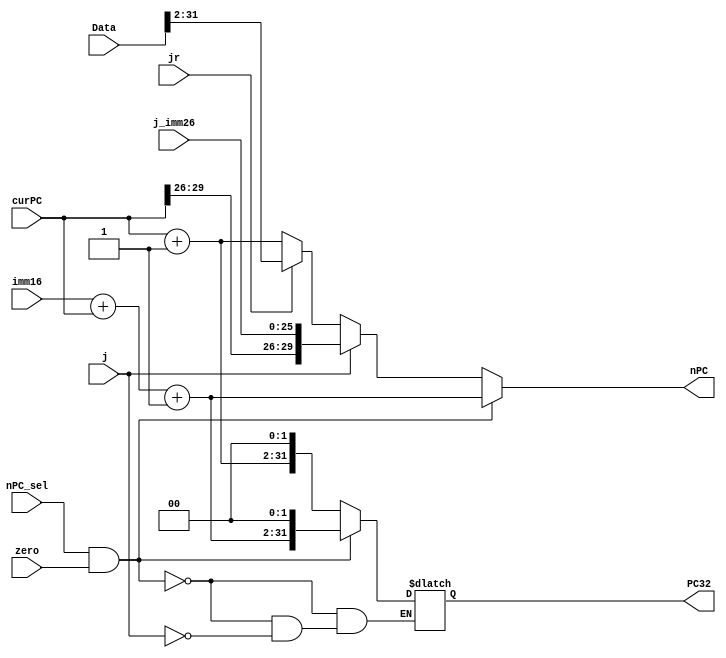
module NPC(
    input [29:0] curPC,
    input nPC_sel,
    input zero,
    input j,
    input jr,
    input [25:0] j_imm26, 
    input [15:0] imm16,
    input [31:0] Data,
    output reg [29:0] nPC,
    output reg [31:0] PC32
);

reg [29:0] imm30;
reg [30:0] ext;

always @(nPC_sel or zero or j or jr or j_imm26 or Data or imm16 or curPC) 
begin
    if (nPC_sel && zero)
    begin
        if (imm16[15] == 0)     //Extender
            nPC = {{14{1'b0}}, imm16[15:0]};
        else
            nPC = {{14{1'b0}}, imm16[15:0]};
        nPC = nPC + curPC + 1;
        PC32 = {nPC, 2'b00};
    end
    else if (j)                 //j & jal
    begin
        nPC = {curPC[29:26], j_imm26};
        PC32 = {curPC + 1, 2'b00};
    end
    else if (jr)                //jr
    begin
        nPC = Data[31:2];
    end
    else
    begin
        nPC = curPC + 1;
    end
end
endmodule